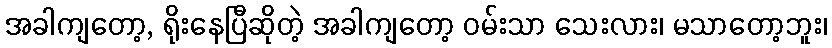
အခါကျတော့, ရိုးနေပြီဆိုတဲ့ အခါကျတော့ ဝမ်းသာ သေးလား၊ မသာတော့ဘူး၊